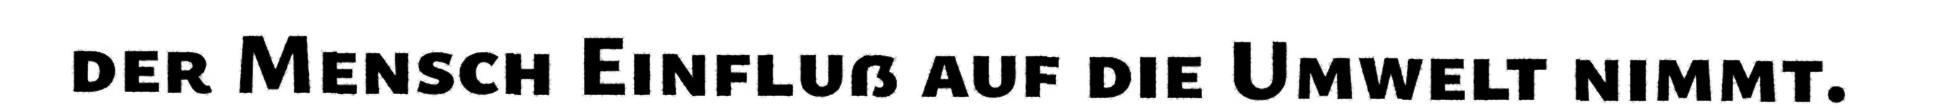
der Mensch Einfluß auf die Umwelt nimmt.